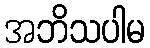
အဘိသပါမ